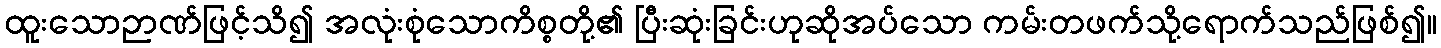
ထူးသောဉာဏ်ဖြင့်သိ၍ အလုံးစုံသောကိစ္စတို့၏ ပြီးဆုံးခြင်းဟုဆိုအပ်သော ကမ်းတဖက်သို့ရောက်သည်ဖြစ်၍။